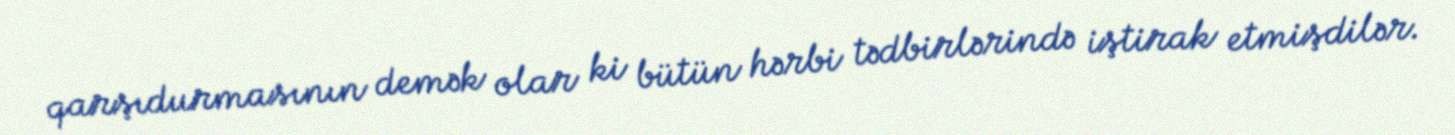
qarşıdurmasının demək olar ki bütün hərbi tədbirlərində iştirak etmişdilər.